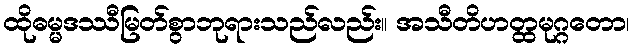
ထိုဓမ္မဒဿီမြတ်စွာဘုရားသည်လည်း။ အသီတိဟတ္ထမုဂ္ဂတော၊